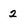
Character: 2